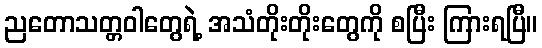
ညတောသတ္တဝါတွေရဲ့ အသံတိုးတိုးတွေကို စပြီး ကြားရပြီ။